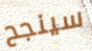
سينجح